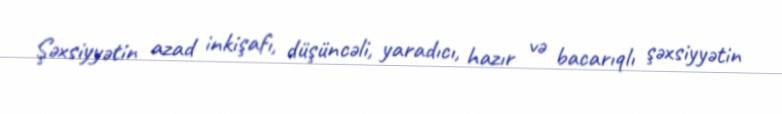
Şəxsiyyətin azad inkişafı, düşüncəli, yaradıcı, hazır və bacarıqlı şəxsiyyətin